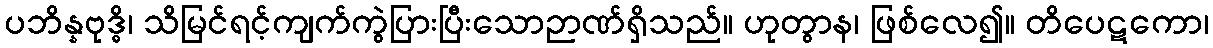
ပဘိန္နဗုဒ္ဓိ၊ သိမြင်ရင့်ကျက်ကွဲပြားပြီးသောဉာဏ်ရှိသည်။ ဟုတွာန၊ ဖြစ်လေ၍။ တိပေဋကော၊